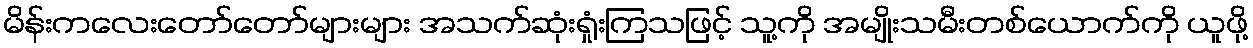
မိန်းကလေးတော်တော်များများ အသက်ဆုံးရှုံးကြသဖြင့် သူ့ကို အမျိုးသမီးတစ်ယောက်ကို ယူဖို့